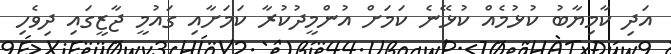
އަދި ކާމިޔާބު ކުޅުމެއް ކުޅޭނެ ކަމަށް އުންމީދުކުރާ ކަމަށާއި ގައުމީ ޖާޒީގައި ދިވެހި